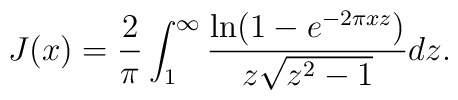
J(x) = \frac{2}{\pi} \int_1^\infty \frac{\ln(1 - e^{-2 \pi x z})}{z \sqrt{z^2 - 1}} dz.